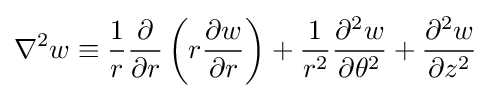
\nabla ^{2}w\equiv {\frac {1}{r}}{\frac {\partial }{\partial r}}\left(r{\frac {\partial w}{\partial r}}\right)+{\frac {1}{r^{2}}}{\frac {\partial ^{2}w}{\partial \theta ^{2}}}+{\frac {\partial ^{2}w}{\partial z^{2}}}